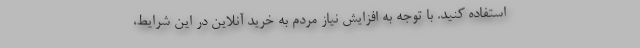
استفاده کنید. با توجه به افزایش نیاز مردم به خرید آنلاین در این شرایط،